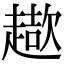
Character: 𧽓